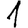
Digit: 1